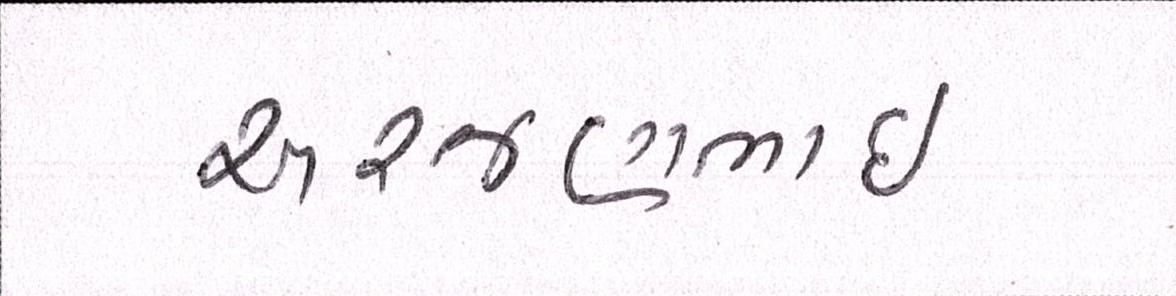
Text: અરજણભાઇ